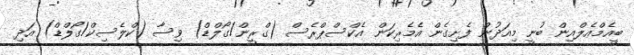
ބީއެމްއެލްއިން ބުނީ މިއަދުން ފެށިގެން އެމެރިކަން އެކްސްޕްރެސް (ގްރީން/ގޯލްޑް) ވިސާ (ކްލެސިކް/ގޯލްޑް) އަދި